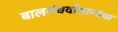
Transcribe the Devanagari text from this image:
बालगंधर्वांसारख्या